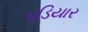
પડિયાર